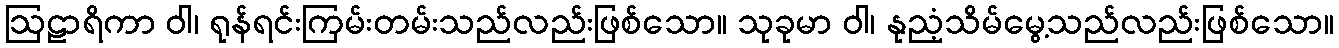
ဩဠာရိကာ ဝါ၊ ရုန်ရင်းကြမ်းတမ်းသည်လည်းဖြစ်သော။ သုခုမာ ဝါ၊ နုညံ့သိမ်မွေ့သည်လည်းဖြစ်သော။